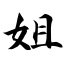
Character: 姐